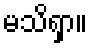
မသိရှာ။